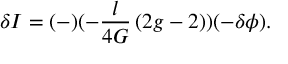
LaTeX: \delta I = ( - ) ( - { \frac { l } { 4 G } } \, ( 2 g - 2 ) ) ( - \delta \phi ) .